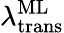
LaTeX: \lambda_{\mathrm{trans}}^{\mathrm{ML}}